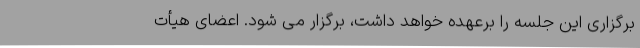
برگزاری این جلسه را برعهده خواهد داشت، برگزار می شود. اعضای هیأت